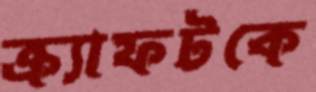
ক্র্যাফটকে